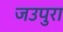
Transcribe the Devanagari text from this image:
जउपुरा